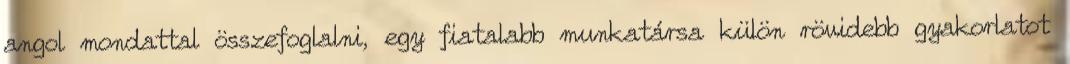
angol mondattal összefoglalni, egy fiatalabb munkatársa külön rövidebb gyakorlatot